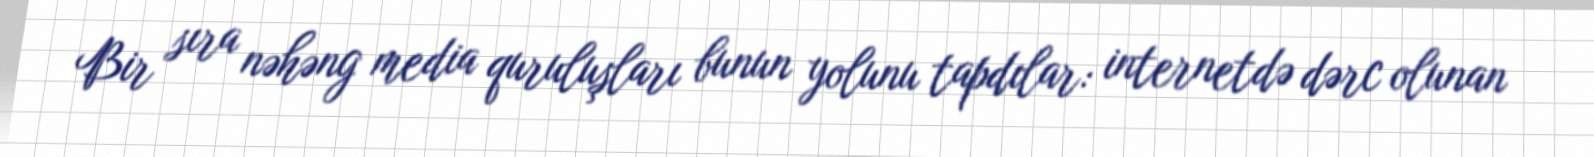
Bir sıra nəhəng media quruluşları bunun yolunu tapdılar: internetdə dərc olunan